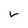
Character: v